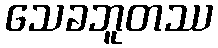
သေခဘူတဿ